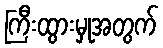
ကြီးထွားမှုအတွက်